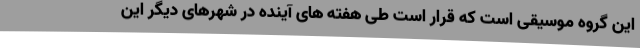
این گروه موسیقی است که قرار است طی هفته های آینده در شهرهای دیگر این